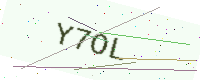
Text: Y7OL